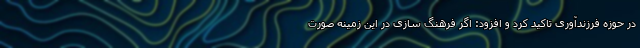
در حوزه فرزندآوری تاکید کرد و افزود: اگر فرهنگ سازی در این زمینه صورت